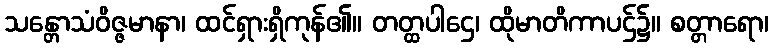
သန္တောသံဝိဇ္ဇမာနာ၊ ထင်ရှားရှိကုန်၏။ တတ္ထပါဌေ၊ ထိုမာတိကာပဌ်၌။ စတ္တာရော၊